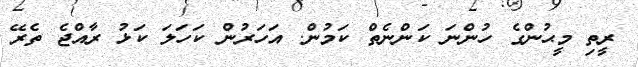
ރީތި މީޙުންގެ ހުންނަ ކަންނެތް ކަމުން. އަހަރުން ކަހަލަ ކަޅު ރާއްޖެ ތެރޭ